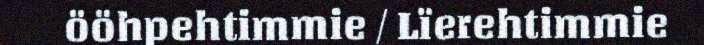
ööhpehtimmie / Lïerehtimmie